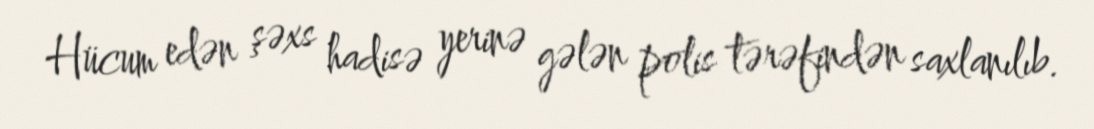
Hücum edən şəxs hadisə yerinə gələn polis tərəfindən saxlanılıb.